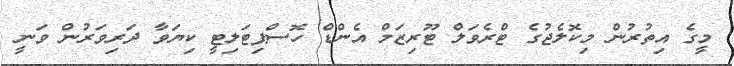
މީގެ އިތުރުން މިކޮލެޖުގެ ޓްރެވަލް ޓޫރިޒަމް އެންޑް ހޮސްޕިޓަލިޓީ ކިޔަވާ ދަރިވަރުން ވަނީ